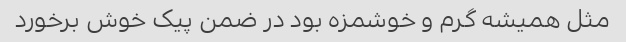
مثل همیشه گرم و خوشمزه بود در ضمن پیک خوش برخورد